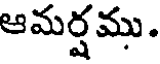
ఆమర్షము.